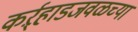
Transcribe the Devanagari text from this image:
कर्ऱ्हाडजवळच्या